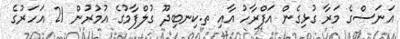
އަނަސްގެ މަރާ ގުޅިގެން އަފްރާހު އާއި ތ.ކިނބިދޫ ގުލްފާމުގެ އުމުރުން 21 އަހަރުގެ